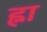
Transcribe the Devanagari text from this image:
ह्ना